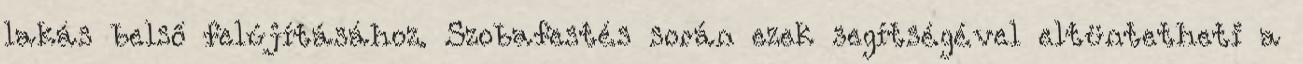
lakás belső felújításához. Szobafestés során ezek segítségével eltüntetheti a